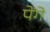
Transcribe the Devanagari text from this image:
पेंगे